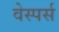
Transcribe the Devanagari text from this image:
वेस्पर्स